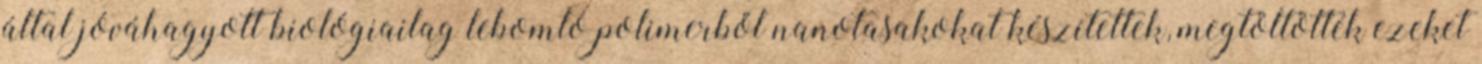
által jóváhagyott biológiailag lebomló polimerből nanotasakokat készítettek, megtöltötték ezeket